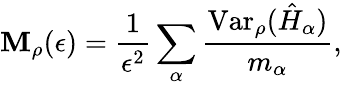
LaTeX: \mathbf{M}_{\rho}(\epsilon)=\frac{{1}}{{\epsilon^{2}}}\sum_{\alpha}\frac{{\mathrm{{Var}}_{\rho}(\hat{{H}}_{\alpha})}}{{m_{\alpha}}},